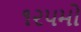
૧૨૫મો